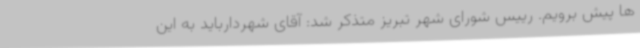
ها پیش برویم. رییس شورای شهر تبریز متذکر شد: آقای شهردارباید به این